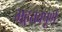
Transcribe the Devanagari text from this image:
मह़तवपूर्ण